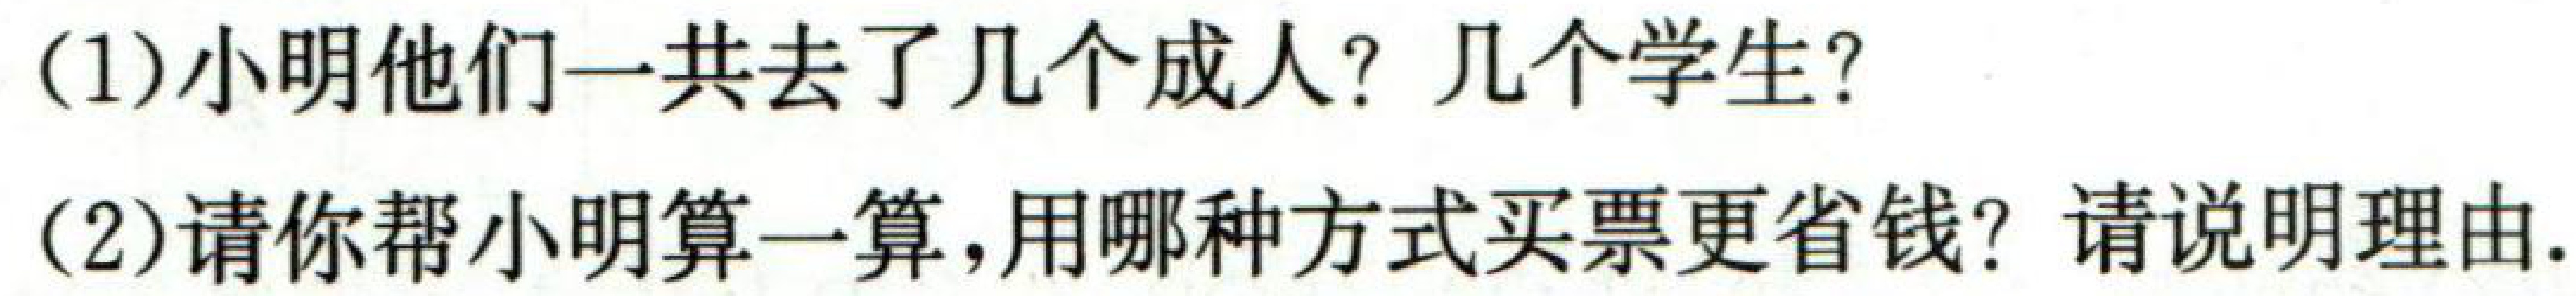
(1)小明他们一共去了几个成人？几个学生？

(2)请你帮小明算一算，用哪种方式买票更省钱？请说明理由.